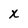
Character: x